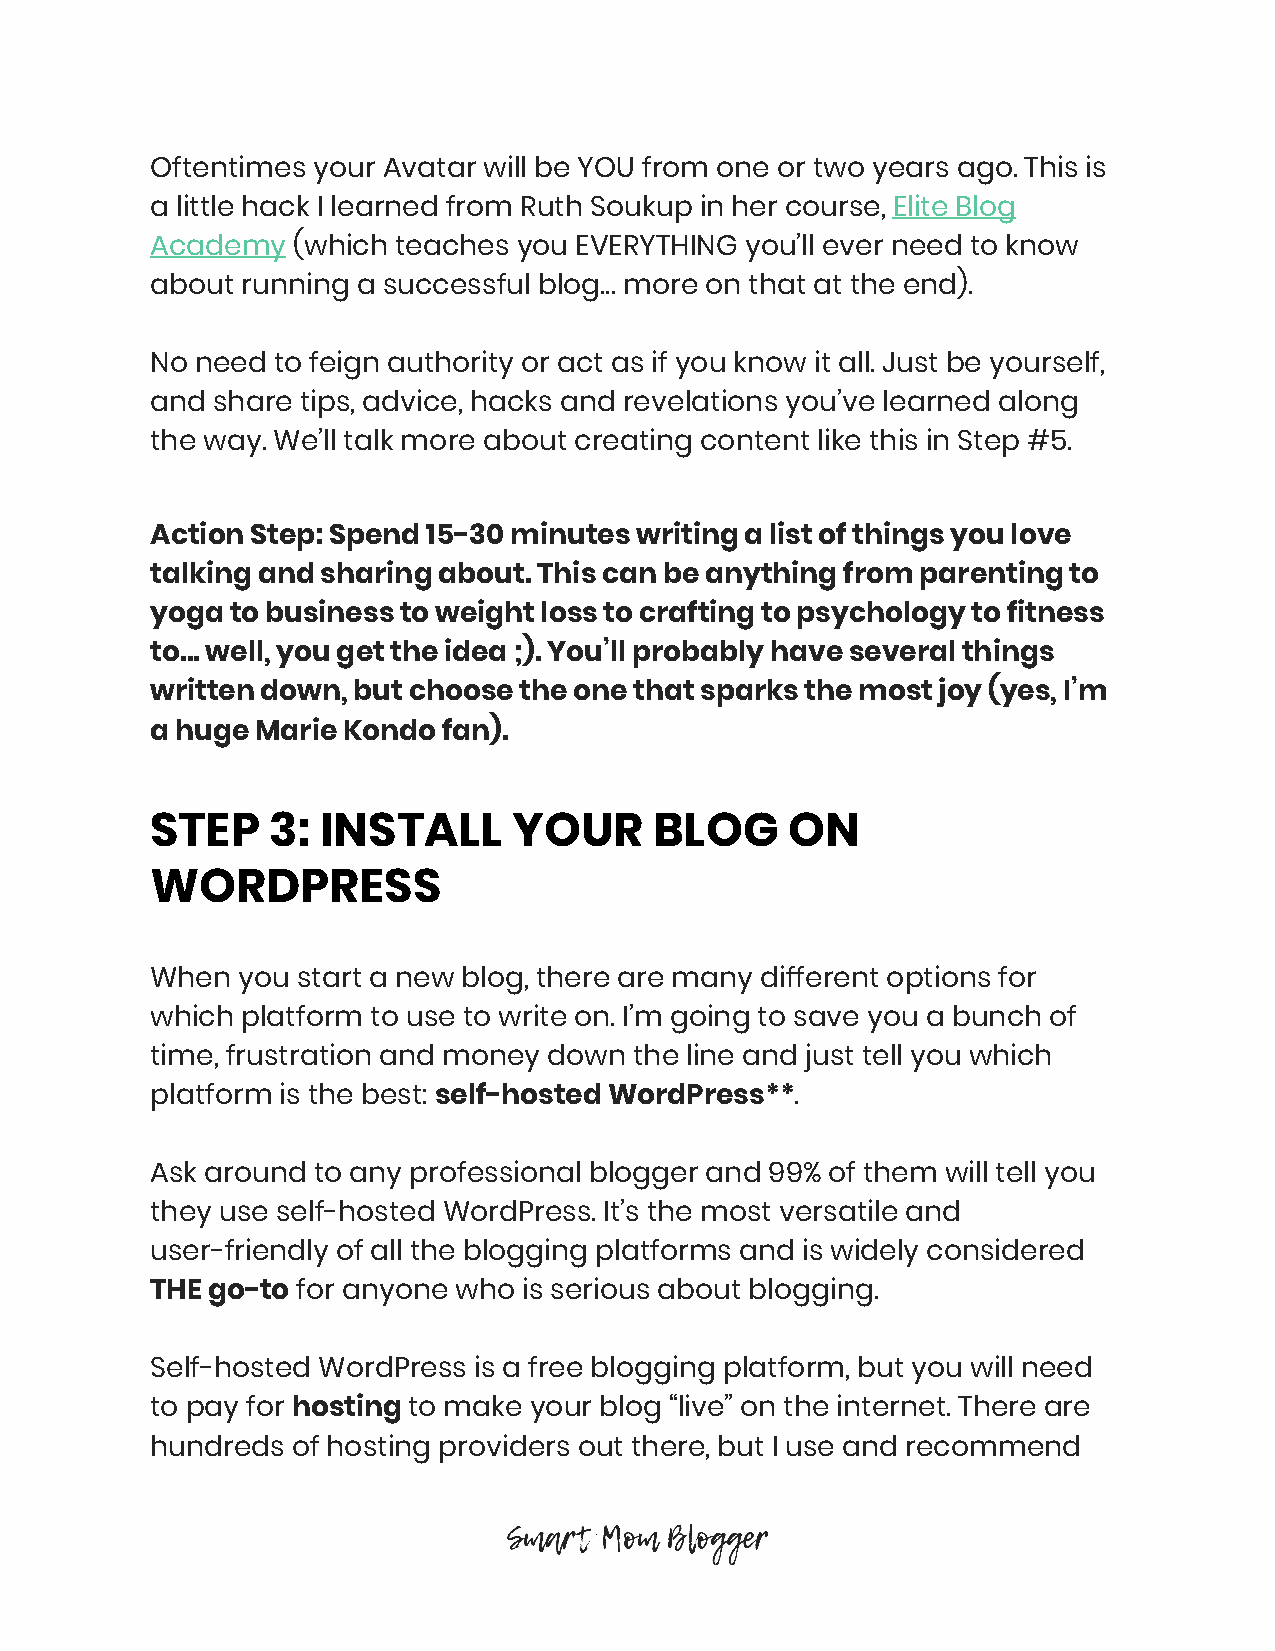
Oftentimes your Avatar will be YOU from one or two years ago. This is
 a little hack I learned from Ruth Soukup in her course, Elite Blog
 ​
 Academy  (which teaches you EVERYTHING you’ll ever need to know
 ​
 about running a successful blog… more on that at the end).
 No need to feign authority or act as if you know it all. Just be yourself,
 and share tips, advice, hacks and revelations you’ve learned along
 the way. We’ll talk more about creating content like this in Step #5.
 Action Step: Spend 15-30 minutes writing a list of things you love
 talking and sharing about. This can be anything from parenting to
 yoga to business to weight loss to crafting to psychology to fitness
 to… well, you get the idea ;). You’ll probably have several things
 written down, but choose the one that sparks the most joy (yes, I’m
 a huge Marie Kondo fan).
 STEP    3: INSTALL      YOUR     BLOG     ON
 WORDPRESS
 When  you start a new blog, there are many different options for
 which platform to use to write on. I’m going to save you a bunch of
 time, frustration and money down the line and just tell you which
 platform is the best: self-hosted WordPress**.
 ​                       ​
 Ask around to any professional blogger and 99% of them will tell you
 they use self-hosted WordPress. It’s the most versatile and
 user-friendly of all the blogging platforms and is widely considered
 THE go-to for anyone who is serious about blogging.
 ​
 Self-hosted WordPress is a free blogging platform, but you will need
 to pay for hosting to make your blog “live” on the internet. There are
 ​       ​
 hundreds of hosting providers out there, but I use and recommend